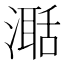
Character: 𣽅